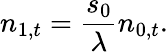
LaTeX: n_{1,t}={\frac{s_{0}}{\lambda}}n_{0,t}.